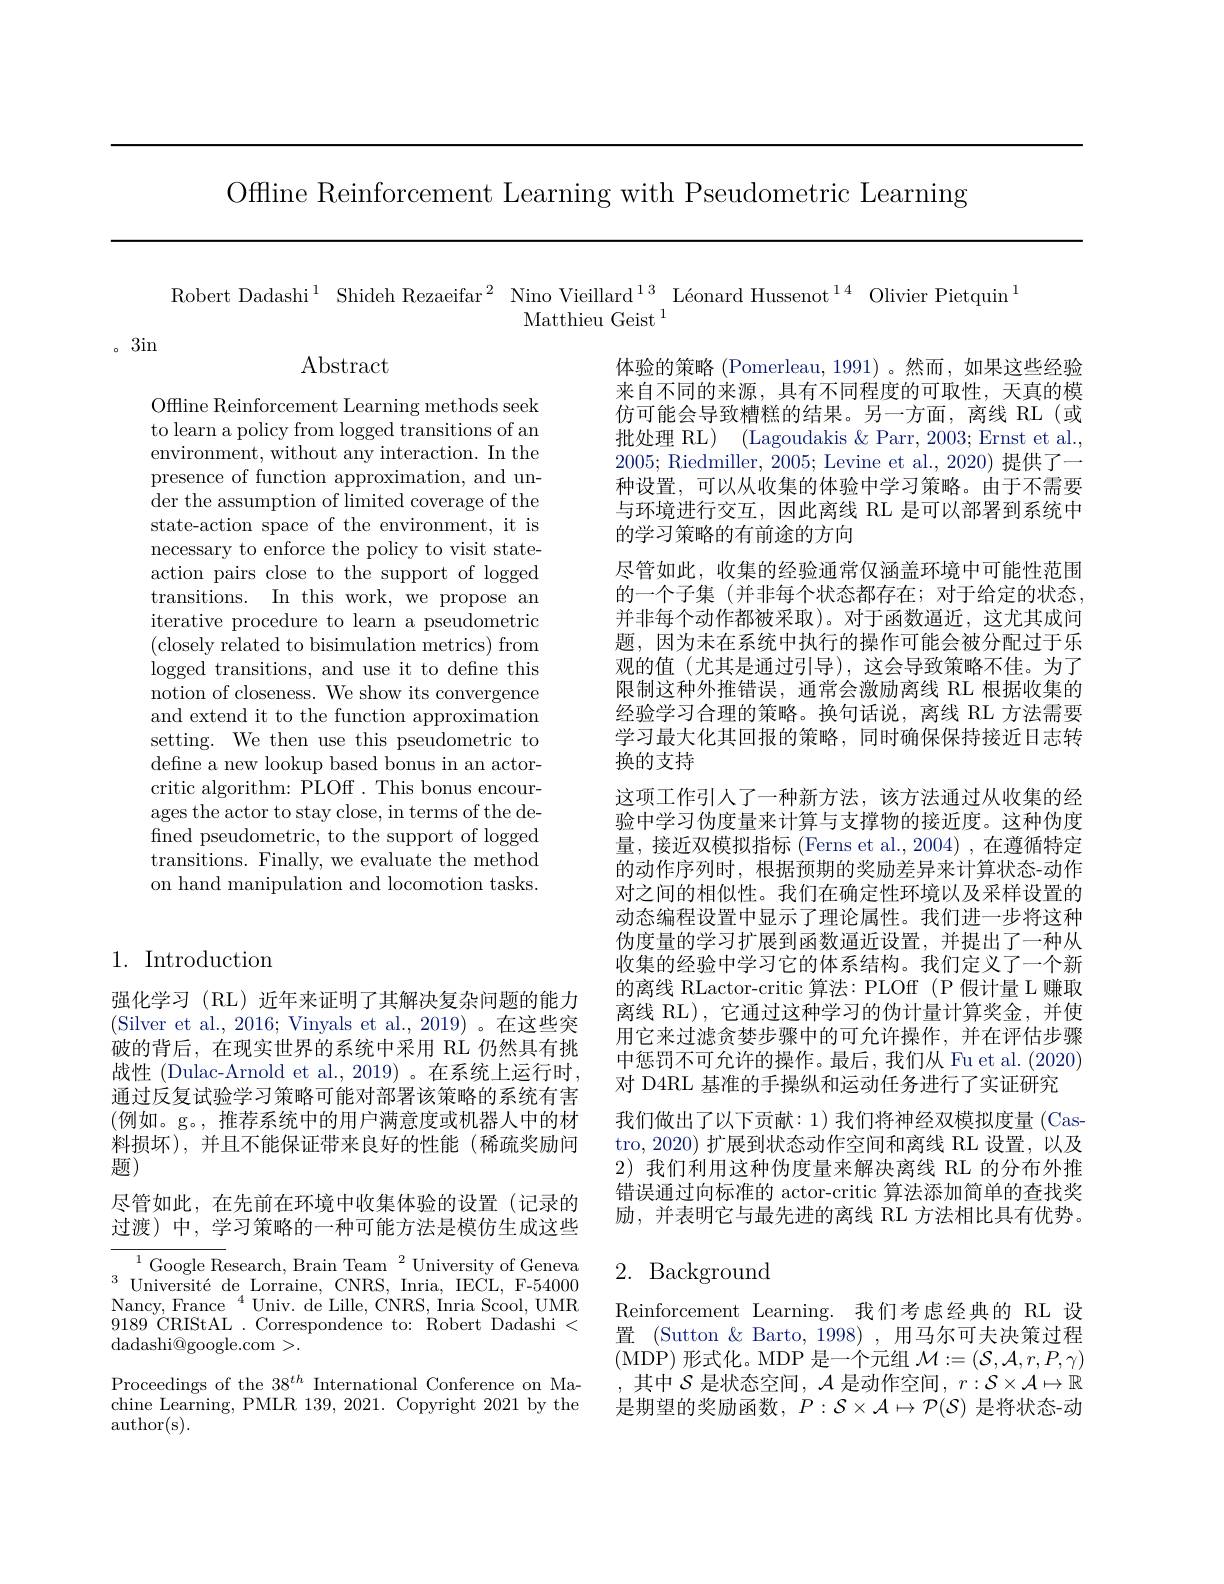
Offline Reinforcement Learning with Pseudometric Learning

Robert Dadashi$^{1}$ Shideh Rezaeifar$^2$ Nino Vieillard$^{13}$ Léonard Hussenot$^{14}$ Olivier Pietquin$^{1}$
Matthieu Geist $^{1}$

3in

Abstract

Offline Reinforcement Learning methods seek to learn a policy from logged transitions of an environment, without any interaction. In the presence of function approximation, and under the assumption of limited coverage of the state-action space of the environment, it is necessary to enforce the policy to visit stateaction pairs close to the support of logged transitions. In this work, we propose an iterative procedure to learn a pseudometric (closely related to bisimulation metrics) from logged transitions, and use it to define this notion of closeness. We show its convergence and extend it to the function approximation setting. We then use this pseudometric to define a new lookup based bonus in an actorcritic algorithm: PLOf . This bonus encourages the actor to stay close, in terms of the defined pseudometric, to the support of logged transitions. Finally, we evaluate the method on hand manipulation and locomotion tasks.

体验的策略 (Pomerleau, 1991)。然而，如果这些经验来自不同的来源，具有不同程度的可取性，天真的模仿可能会导致糟糕的结果。另一方面，离线 RL(或批处理 RL) (Lagoudakis & Parr, 2003; Ernst et al., 2005; Riedmiller, 2005; Levine et al., 2020) 提供了一种设置，可以从收集的体验中学习策略。由于不需要与环境进行交互，因此离线 RL 是可以部署到系统中的学习策略的有前途的方向
尽管如此，收集的经验通常仅涵盖环境中可能性范围的一个子集(并非每个状态都存在；对于给定的状态， 并非每个动作都被采取)。对于函数逼近，这尤其成问题，因为未在系统中执行的操作可能会被分配过于乐观的值(尤其是通过引导),这会导致策略不佳。为了限制这种外推错误，通常会激励离线 RL 根据收集的经验学习合理的策略。换句话说，离线 RL 方法需要学习最大化其回报的策略，同时确保保持接近日志转换的支持
这项工作引人了一种新方法，该方法通过从收集的经验中学习伪度量来计算与支撑物的接近度。这种伪度量，接近双模拟指标(Ferns et al.,2004),在遵循特定的动作序列时，根据预期的奖励差异来计算状态-动作对之间的相似性。我们在确定性环境以及采样设置的动态编程设置中显示了理论属性。我们进一步将这种伪度量的学习扩展到函数逼近设置，并提出了一种从收集的经验中学习它的体系结构。我们定义了一个新的离线 RLactor-critic 算法：PLOff (P 假计量 L 赚取离线 RL), 它通过这种学习的伪计量计算奖金，并使用它来过滤贪婪步骤中的可允许操作，并在评估步骤中惩罚不可允许的操作。最后，我们从 Fu et al. (2020) 对 D4RL 基准的手操纵和运动任务进行了实证研究
我们做出了以下贡献：1)我们将神经双模拟度量(Castro, 2020) 扩展到状态动作空间和离线 RL 设置，以及2)我们利用这种伪度量来解决离线 RL 的分布外推错误通过向标准的 actor-critic 算法添加简单的查找奖励，并表明它与最先进的离线 RL 方法相比具有优势。

## 1. Introduction

强化学习 (RL) 近年来证明了其解决复杂问题的能力(Silver et al., 2016; Vinyals et al., 2019)。在这些突破的背后，在现实世界的系统中采用 RL 仍然具有挑战性 (Dulac-Arnold et al., 2019)。在系统上运行时， 通过反复试验学习策略可能对部署该策略的系统有害(例如。g。,推荐系统中的用户满意度或机器人中的材料损坏),并且不能保证带来良好的性能(稀疏奖励问题)
尽管如此，在先前在环境中收集体验的设置(记录的过渡)中，学习策略的一种可能方法是模仿生成这些${^{1}\text{Google Research, Brain Team}^{2}\text{University of Geneva}}$
$\begin{array}{c}{\mathrm{GOOgle~10eseal~Cl,~Dlan~1eann~Unversity~01~Geneva}}\\{\mathrm{Université~de~Lorraine,~CNRS,~Inria,~IECL,~F-54000}}\\{\mathrm{Nonar~Enond}^{4}\mathrm{Iniv~do~Iillo~CNPC~Inmio~Sond~IIMP}}\end{array}$ Nancy, France$^{4}$Univ. de Lille, CNRS, Inria Scool, UMR 9189CRIStAL.Correspondence to: Robert Dadashi < dadashi@google.com>.
Proceedings of the 38$^th$ International Conference on Machine Learning, PMLR 139, 2021. Copyright 2021 by the author(s).

## 2. Background

Reinforcement Learning. 我们考虑经典的 RL 设置 (Sutton & Barto, 1998) , 用马尔可夫决策过程(MDP)形式化。MDP 是一个元组$\mathcal{M}:=(\mathcal{S},\mathcal{A},r,P,\gamma)$ , 其中 $\mathcal{S}$ 是状态空间$,\mathcal{A}$ 是动作空间$,r:\mathcal{S}\times\mathcal{A}\mapsto\mathbb{R}$ 是期望的奖励函数，$P:\mathcal{S}\times\mathcal{A}\mapsto\mathcal{P}(\mathcal{S})$是将状态-动